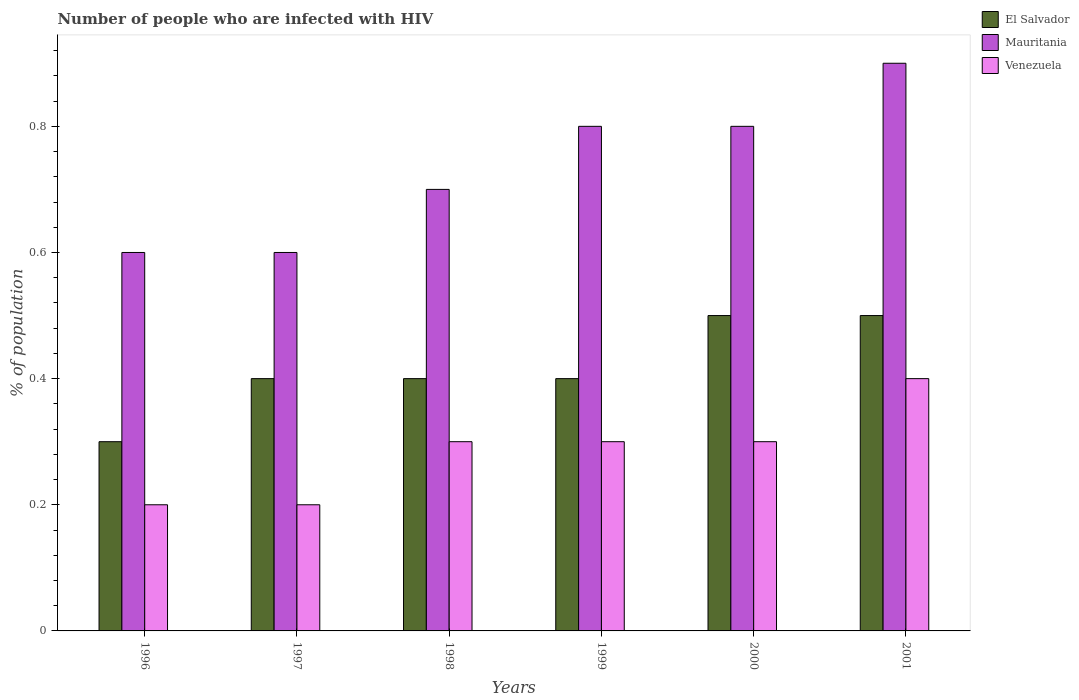
| Years | El Salvador | Mauritania | Venezuela |
 | --- | --- | --- | --- |
 | 1996 | 0.3 | 0.6 | 0.2 |
 | 1997 | 0.4 | 0.6 | 0.2 |
 | 1998 | 0.4 | 0.7 | 0.3 |
 | 1999 | 0.4 | 0.8 | 0.3 |
 | 2000 | 0.5 | 0.8 | 0.3 |
 | 2001 | 0.5 | 0.9 | 0.4 |